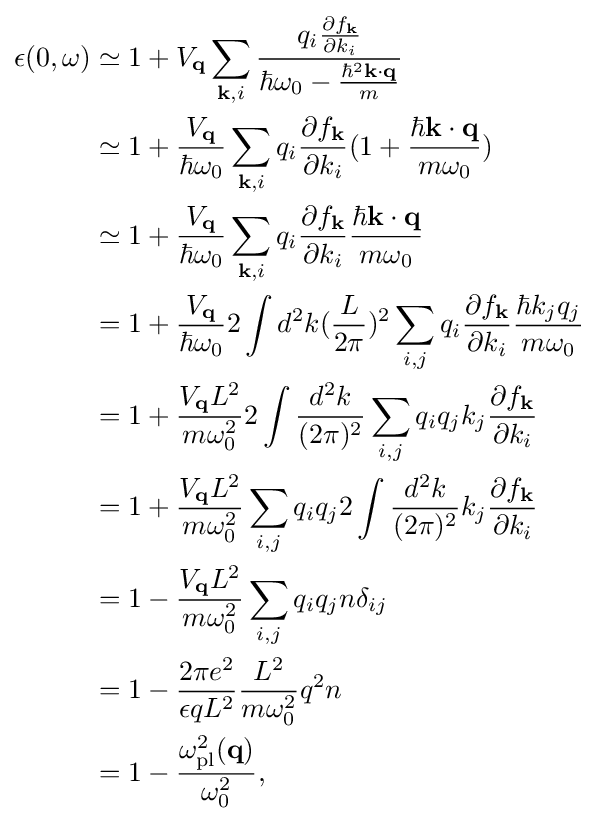
{\begin{alignedat}{2}\epsilon (0,\omega )&\simeq 1+V_{\mathbf {q} }\sum _{\mathbf {k} ,i}{\frac {q_{i}{\frac {\partial f_{\mathbf {k} }}{\partial k_{i}}}}{\hbar \omega _{0}-{\frac {\hbar ^{2}\mathbf {k} \cdot \mathbf {q} }{m}}}}\\&\simeq 1+{\frac {V_{\mathbf {q} }}{\hbar \omega _{0}}}\sum _{\mathbf {k} ,i}{q_{i}{\frac {\partial f_{\mathbf {k} }}{\partial k_{i}}}}(1+{\frac {\hbar \mathbf {k} \cdot \mathbf {q} }{m\omega _{0}}})\\&\simeq 1+{\frac {V_{\mathbf {q} }}{\hbar \omega _{0}}}\sum _{\mathbf {k} ,i}{q_{i}{\frac {\partial f_{\mathbf {k} }}{\partial k_{i}}}}{\frac {\hbar \mathbf {k} \cdot \mathbf {q} }{m\omega _{0}}}\\&=1+{\frac {V_{\mathbf {q} }}{\hbar \omega _{0}}}2\int d^{2}k({\frac {L}{2\pi }})^{2}\sum _{i,j}{q_{i}{\frac {\partial f_{\mathbf {k} }}{\partial k_{i}}}}{\frac {\hbar k_{j}q_{j}}{m\omega _{0}}}\\&=1+{\frac {V_{\mathbf {q} }L^{2}}{m\omega _{0}^{2}}}2\int {\frac {d^{2}k}{(2\pi )^{2}}}\sum _{i,j}{q_{i}q_{j}k_{j}{\frac {\partial f_{\mathbf {k} }}{\partial k_{i}}}}\\&=1+{\frac {V_{\mathbf {q} }L^{2}}{m\omega _{0}^{2}}}\sum _{i,j}{q_{i}q_{j}2\int {\frac {d^{2}k}{(2\pi )^{2}}}k_{j}{\frac {\partial f_{\mathbf {k} }}{\partial k_{i}}}}\\&=1-{\frac {V_{\mathbf {q} }L^{2}}{m\omega _{0}^{2}}}\sum _{i,j}{q_{i}q_{j}n\delta _{ij}}\\&=1-{\frac {2\pi e^{2}}{\epsilon qL^{2}}}{\frac {L^{2}}{m\omega _{0}^{2}}}q^{2}n\\&=1-{\frac {\omega _{\rm {pl}}^{2}(\mathbf {q} )}{\omega _{0}^{2}}},\end{alignedat}}